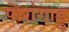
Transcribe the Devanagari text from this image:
पोरांगाडु